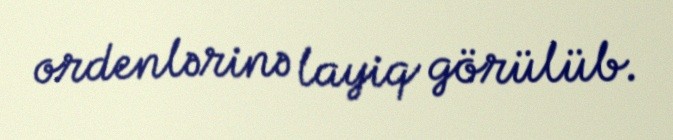
ordenlərinə layiq görülüb.